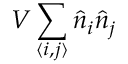
V \sum _ { \langle i , j \rangle } \hat { n } _ { i } \hat { n } _ { j }